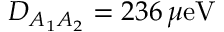
D _ { A _ { 1 } A _ { 2 } } = 2 3 6 \, \mu \mathrm { e V }